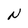
Character: N